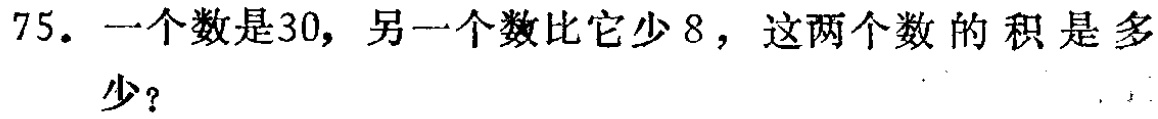
75. 一个数是30，另一个数比它少8，这两个数的积是多少？